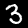
Label: 3